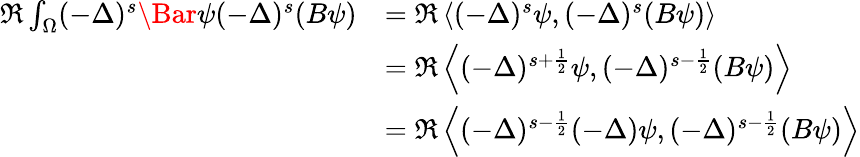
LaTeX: \begin{array}{rl}{\Re\int_{\Omega}(-\Delta)^{s}\Bar{\psi}(-\Delta)^{s}(B\psi)}&{=\Re\left\langle(-\Delta)^{s}\psi,(-\Delta)^{s}(B\psi)\right\rangle}\\ &{=\Re\left\langle(-\Delta)^{s+\frac{1}{2}}\psi,(-\Delta)^{s-\frac{1}{2}}(B\psi)\right\rangle}\\ &{=\Re\left\langle(-\Delta)^{s-\frac{1}{2}}(-\Delta)\psi,(-\Delta)^{s-\frac{1}{2}}(B\psi)\right\rangle}\end{array}